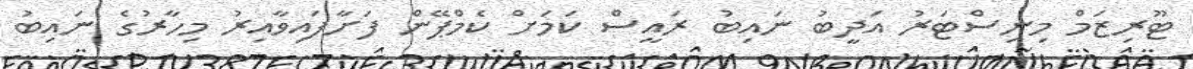
ޓޫރިޒަމް މިނިސްޓަރު އަދީބު ނައިބު ރައީސް ކަމަށް ކެމްޕޭން ފަށާފައިވާއިރު މިހާރުގެ ނައިބު